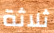
ثلاثة